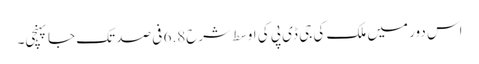
اس دور میں ملک کی جی ڈی پی کی اوسط شرح6.8 فی صد تک جا پہنچی۔